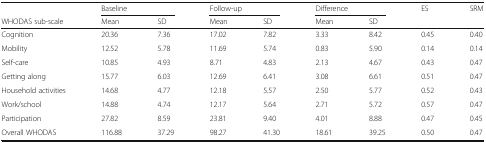
|  | <COLSPAN=2> Baseline | <COLSPAN=2> Follow-up | <COLSPAN=2> Difference | ES | SRM |
 | WHODAS sub-scale | Mean | SD | Mean | SD | Mean | SD |  |  |
 | --- | --- | --- | --- | --- | --- | --- | --- | --- |
 | Cognition | 20.36 | 7.36 | 17.02 | 7.82 | 3.33 | 8.42 | 0.45 | 0.40 |
 | Mobility | 12.52 | 5.78 | 11.69 | 5.74 | 0.83 | 5.90 | 0.14 | 0.14 |
 | Self-care | 10.85 | 4.93 | 8.71 | 4.83 | 2.13 | 4.67 | 0.43 | 0.47 |
 | Getting along | 15.77 | 6.03 | 12.69 | 6.41 | 3.08 | 6.61 | 0.51 | 0.47 |
 | Household activities | 14.68 | 4.77 | 12.18 | 5.57 | 2.50 | 5.77 | 0.52 | 0.43 |
 | Work/school | 14.88 | 4.74 | 12.17 | 5.64 | 2.71 | 5.72 | 0.57 | 0.47 |
 | Participation | 27.82 | 8.59 | 23.81 | 9.40 | 4.01 | 8.88 | 0.47 | 0.45 |
 | Overall WHODAS | 116.88 | 37.29 | 98.27 | 41.30 | 18.61 | 39.25 | 0.50 | 0.47 |